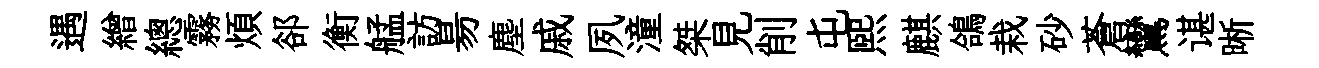
遇繒總霧煩郤衡艋訪昜塵戚夙潼桀見削屯煕麒鴿栽砂蒼鸞谌晰